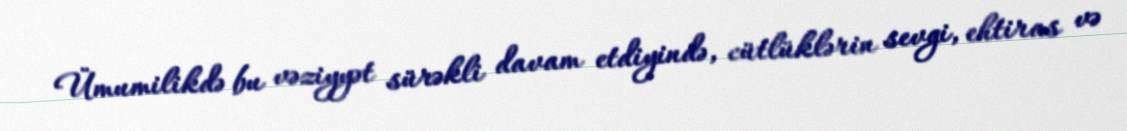
Ümumilikdə bu vəziyyət sürəkli davam etdiyində, cütlüklərin sevgi, ehtiras və